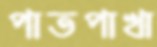
পাতপাখা